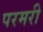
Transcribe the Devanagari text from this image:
परमरी